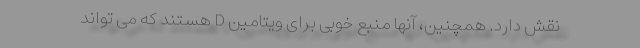
نقش دارد. همچنین، آنها منبع خوبی برای ویتامین D هستند که می تواند